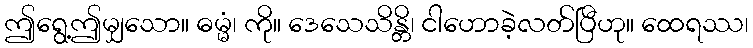
ဤရွေ့ဤမျှသော။ ဓမ္မံ၊ ကို။ ဒေသေသိန္တိ၊ ငါဟောခဲ့လတ်ပြီဟု။ ထေရဿ၊